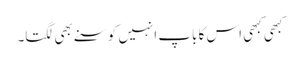
کبھی کبھی اس کا باپ انہیں کوسنے بھی لگتا۔